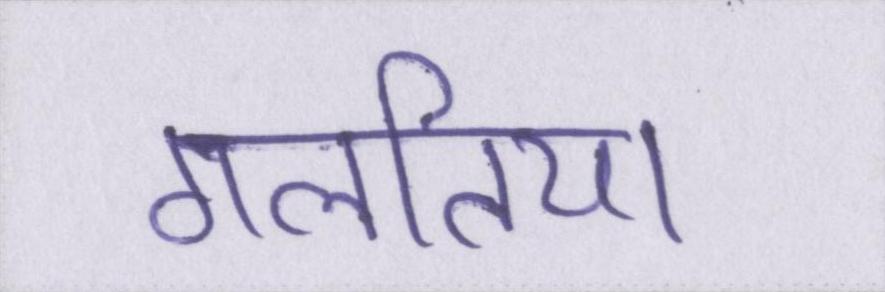
गलतिया